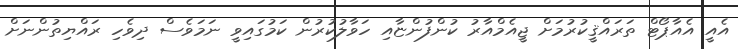
އެއީ އެއާޕޯޓް ތަރައްޤީކުރުމަށް ޖީއެމްއާރު ކުންފުންޏާއި ހަވާލުކުރުން ކަމުގައިވީ ނަމަވެސް ދިވެހި ރައްޔިތުންނަށް